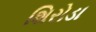
શિરોડા